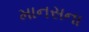
માનસના